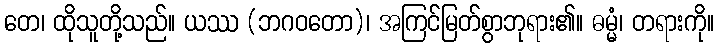
တေ၊ ထိုသူတို့သည်။ ယဿ (ဘဂဝတော)၊ အကြင်မြတ်စွာဘုရား၏။ ဓမ္မံ၊ တရားကို။